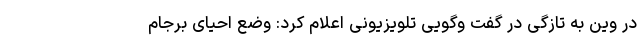
در وین به تازگی در گفت وگویی تلویزیونی اعلام کرد: وضع احیای برجام